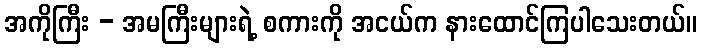
အကိုကြီး - အမကြီးများရဲ့ စကားကို အငယ်က နားထောင်ကြပါသေးတယ်။